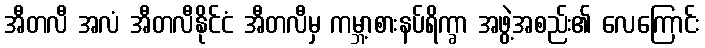
အီတလီ အလံ အီတလီနိုင်ငံ အီတလီမှ ကမ္ဘာ့စားနပ်ရိက္ခာ အဖွဲ့အစည်း၏ လေကြောင်း